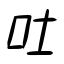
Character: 吐